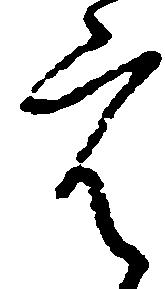
宿